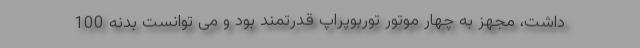
داشت، مجهز به چهار موتور توربوپراپ قدرتمند بود و می توانست بدنه 100